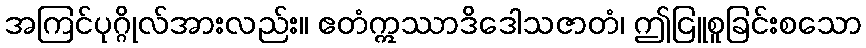
အကြင်ပုဂ္ဂိုလ်အားလည်း။ ဧတံဣဿာဒိဒေါသဇာတံ၊ ဤငြူစူခြင်းစသော